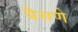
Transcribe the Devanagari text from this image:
बैसणे